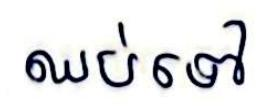
ឈប់ទៅ